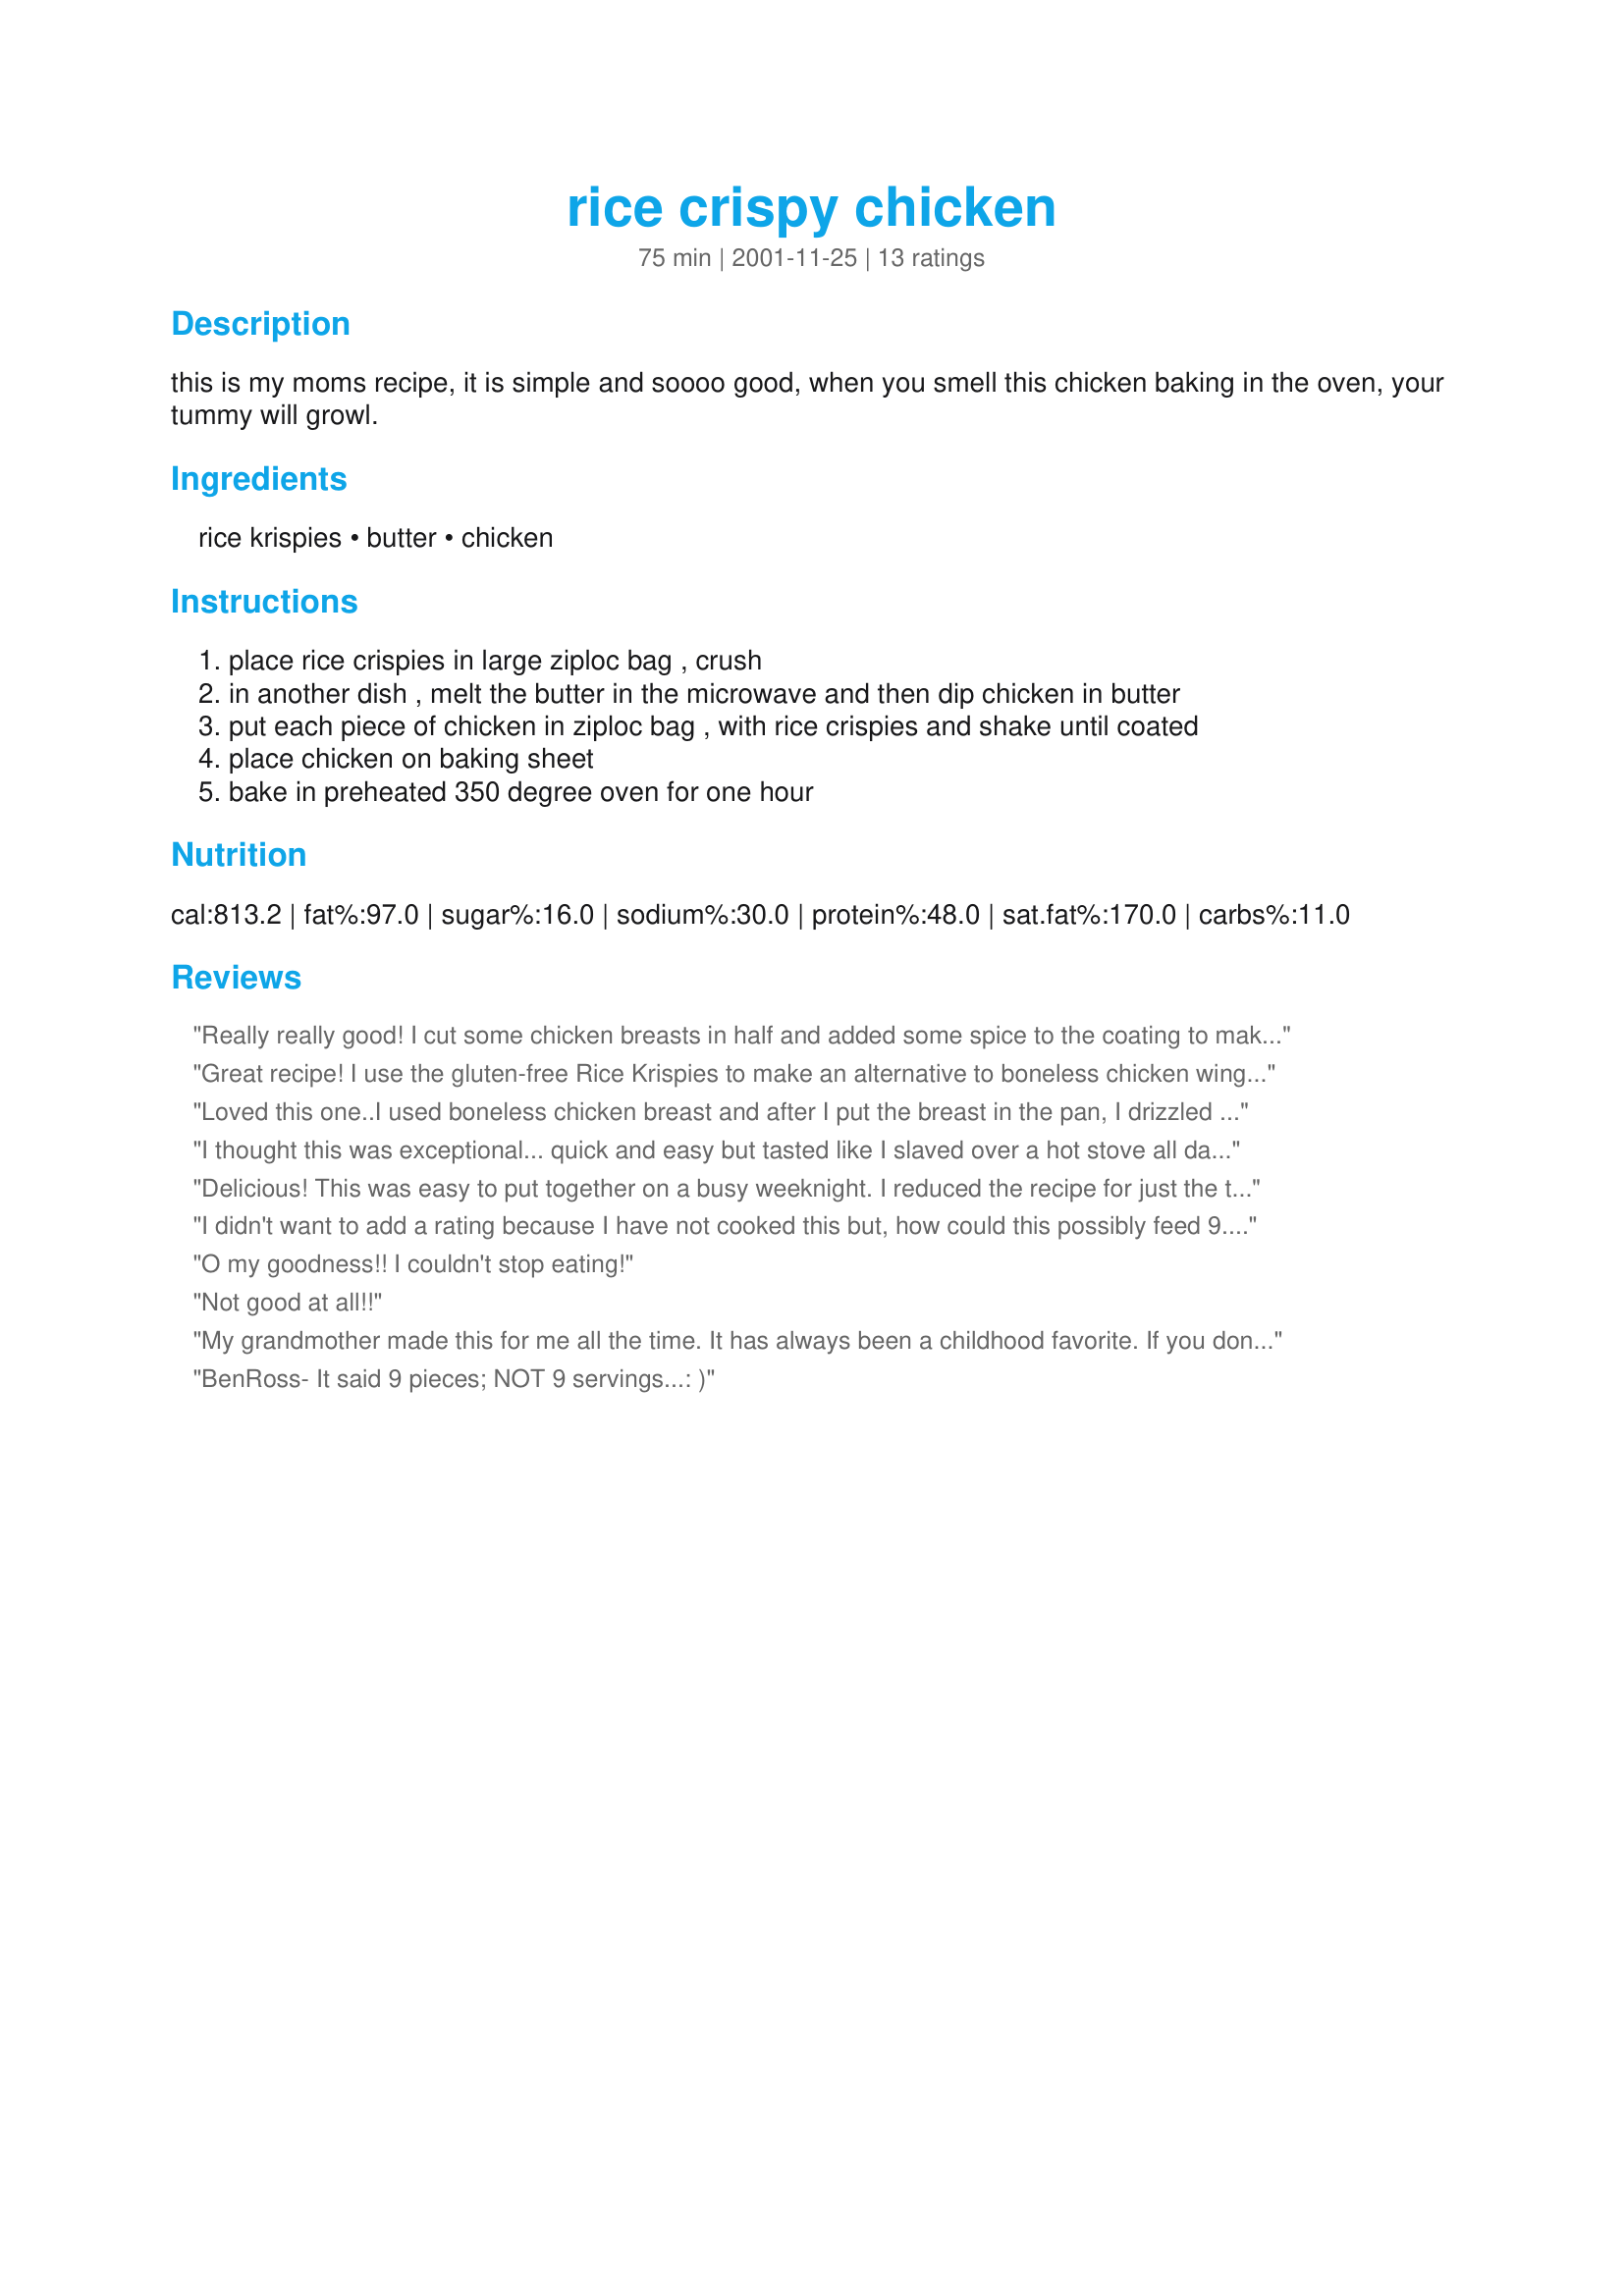
rice crispy chicken
Preparation time: 75 minutes

this is my moms recipe, it is simple and soooo good, when you smell this chicken baking in the oven, your tummy will growl.

Ingredients:
rice krispies, butter, chicken

Steps:
place rice crispies in large ziploc bag , crush
in another dish , melt the butter in the microwave and then dip chicken in butter
put each piece of chicken in ziploc bag , with rice crispies and shake until coated
place chicken on baking sheet
bake in preheated 350 degree oven for one hour

Reviews:
Really really good! I cut some chicken breasts in half and added some spice to the coating to make gluten-free chicken fingers. Thanks for the recipe!
Great recipe! I use the gluten-free Rice Krispies to make an alternative to boneless chicken wings for my fiance. Turns out great every time! Thank you!
Loved this one..I used boneless chicken breast and after I put the breast in the pan, I drizzled over the extra butter, turned out nice and crispy. My son LOVES rice crispies, so we really enjoyed this one. Thanks for the good idea!
I thought this was exceptional... quick and easy but tasted like I slaved over a hot stove all day. Definitely my kind of recipe! I made it last night and this morning my husband asked me when we were having it again. Thanks for posting!
Delicious! This was easy to put together on a busy weeknight. I reduced the recipe for just the two of us, whizzed the rice crispies through the food processor and added a bit of poultry seasoning. One hour at 350* was perfect and this will definitely go on our "Frequent" list.
I didn't want to add a rating because I have not cooked this but, how could this possibly feed 9. We have roast meatbird at home and it will only feed 4-5 so how can 1 chicken feed 9? Don't take offence I was just wondering.
O my goodness!! I couldn't stop eating!
Not good at all!!
My grandmother made this for me all the time. It has always been a childhood favorite. If you don't have rice crispies, corn flakes work great as well.
BenRoss- It said 9 pieces; NOT 9 servings...: )
I tried this and the chicken came out very greasy. Am I doing something wrong? The coating wasn't crispy at all. I want to try this again but would love some feedback first. <br/>My husband enjoys spicy food so I did add a little hot sauce to the egg and some crushed red pepper to the Rice Krispies. I only did this for a few pieces so I know this wasn't the reason it was so greasy.
I think cutlets work best. I've found having some Franks buffalo sauce or similar on the side cures my craving for wings and its healthier to boot!
i agree, how big is this chicken? the size of a small buzzard? i am now going to try this out, butnot with a buzzard.it sounds fab so watch this space for a review.
